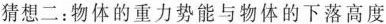
猜想二：物体的重力势能与物体的下落高度